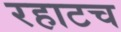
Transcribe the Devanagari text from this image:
रहाटच